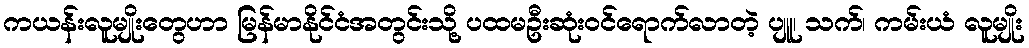
ကယန်းလူမျိုးတွေဟာ မြန်မာနိုင်ငံအတွင်းသို့ ပထမဦးဆုံးဝင်ရောက်လာတဲ့ ပျူ၊ သက်၊ ကမ်းယံ လူမျိုး